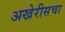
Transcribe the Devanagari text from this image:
अखेरीसचा